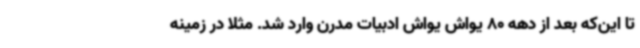
تا این‌که بعد از دهه 80 یواش یواش ادبیات مدرن وارد شد. مثلا در زمینه